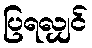
ပြရလျှင်